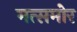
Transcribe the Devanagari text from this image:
मत्समोर